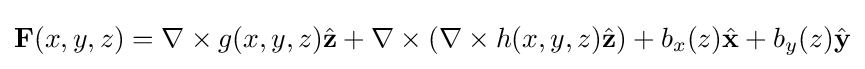
\mathbf {F} (x,y,z)=\nabla \times g(x,y,z){\hat {\mathbf {z} }}+\nabla \times (\nabla \times h(x,y,z){\hat {\mathbf {z} }})+b_{x}(z){\hat {\mathbf {x} }}+b_{y}(z){\hat {\mathbf {y} }}